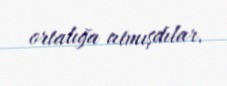
ortalığa atmışdılar.